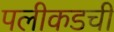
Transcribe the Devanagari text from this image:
पलीकडची